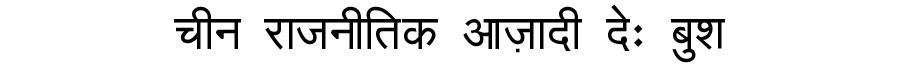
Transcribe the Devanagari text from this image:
चीन राजनीतिक आज़ादी देः बुश